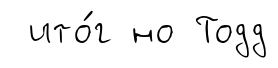
ито́г но Тодд